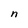
Character: n